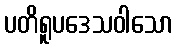
ပတိရူပဒေသဝါသော